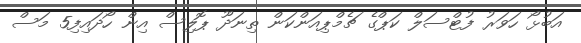
އަބުޅޯ ހަވަރު ފުޓްސަލް ކަޕްގެ ޗެމްޕިއަންކަން ތިނަދޫ ޕޮލިސް އިން ހޯދައިފި5 މަސް